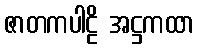
ဇာတကပါဠိ အဋ္ဌကထာ